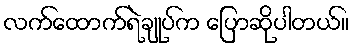
လက်ထောက်ရဲချုပ်က ပြောဆိုပါတယ်။